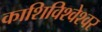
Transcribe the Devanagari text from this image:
काशिविश्वेश्वर